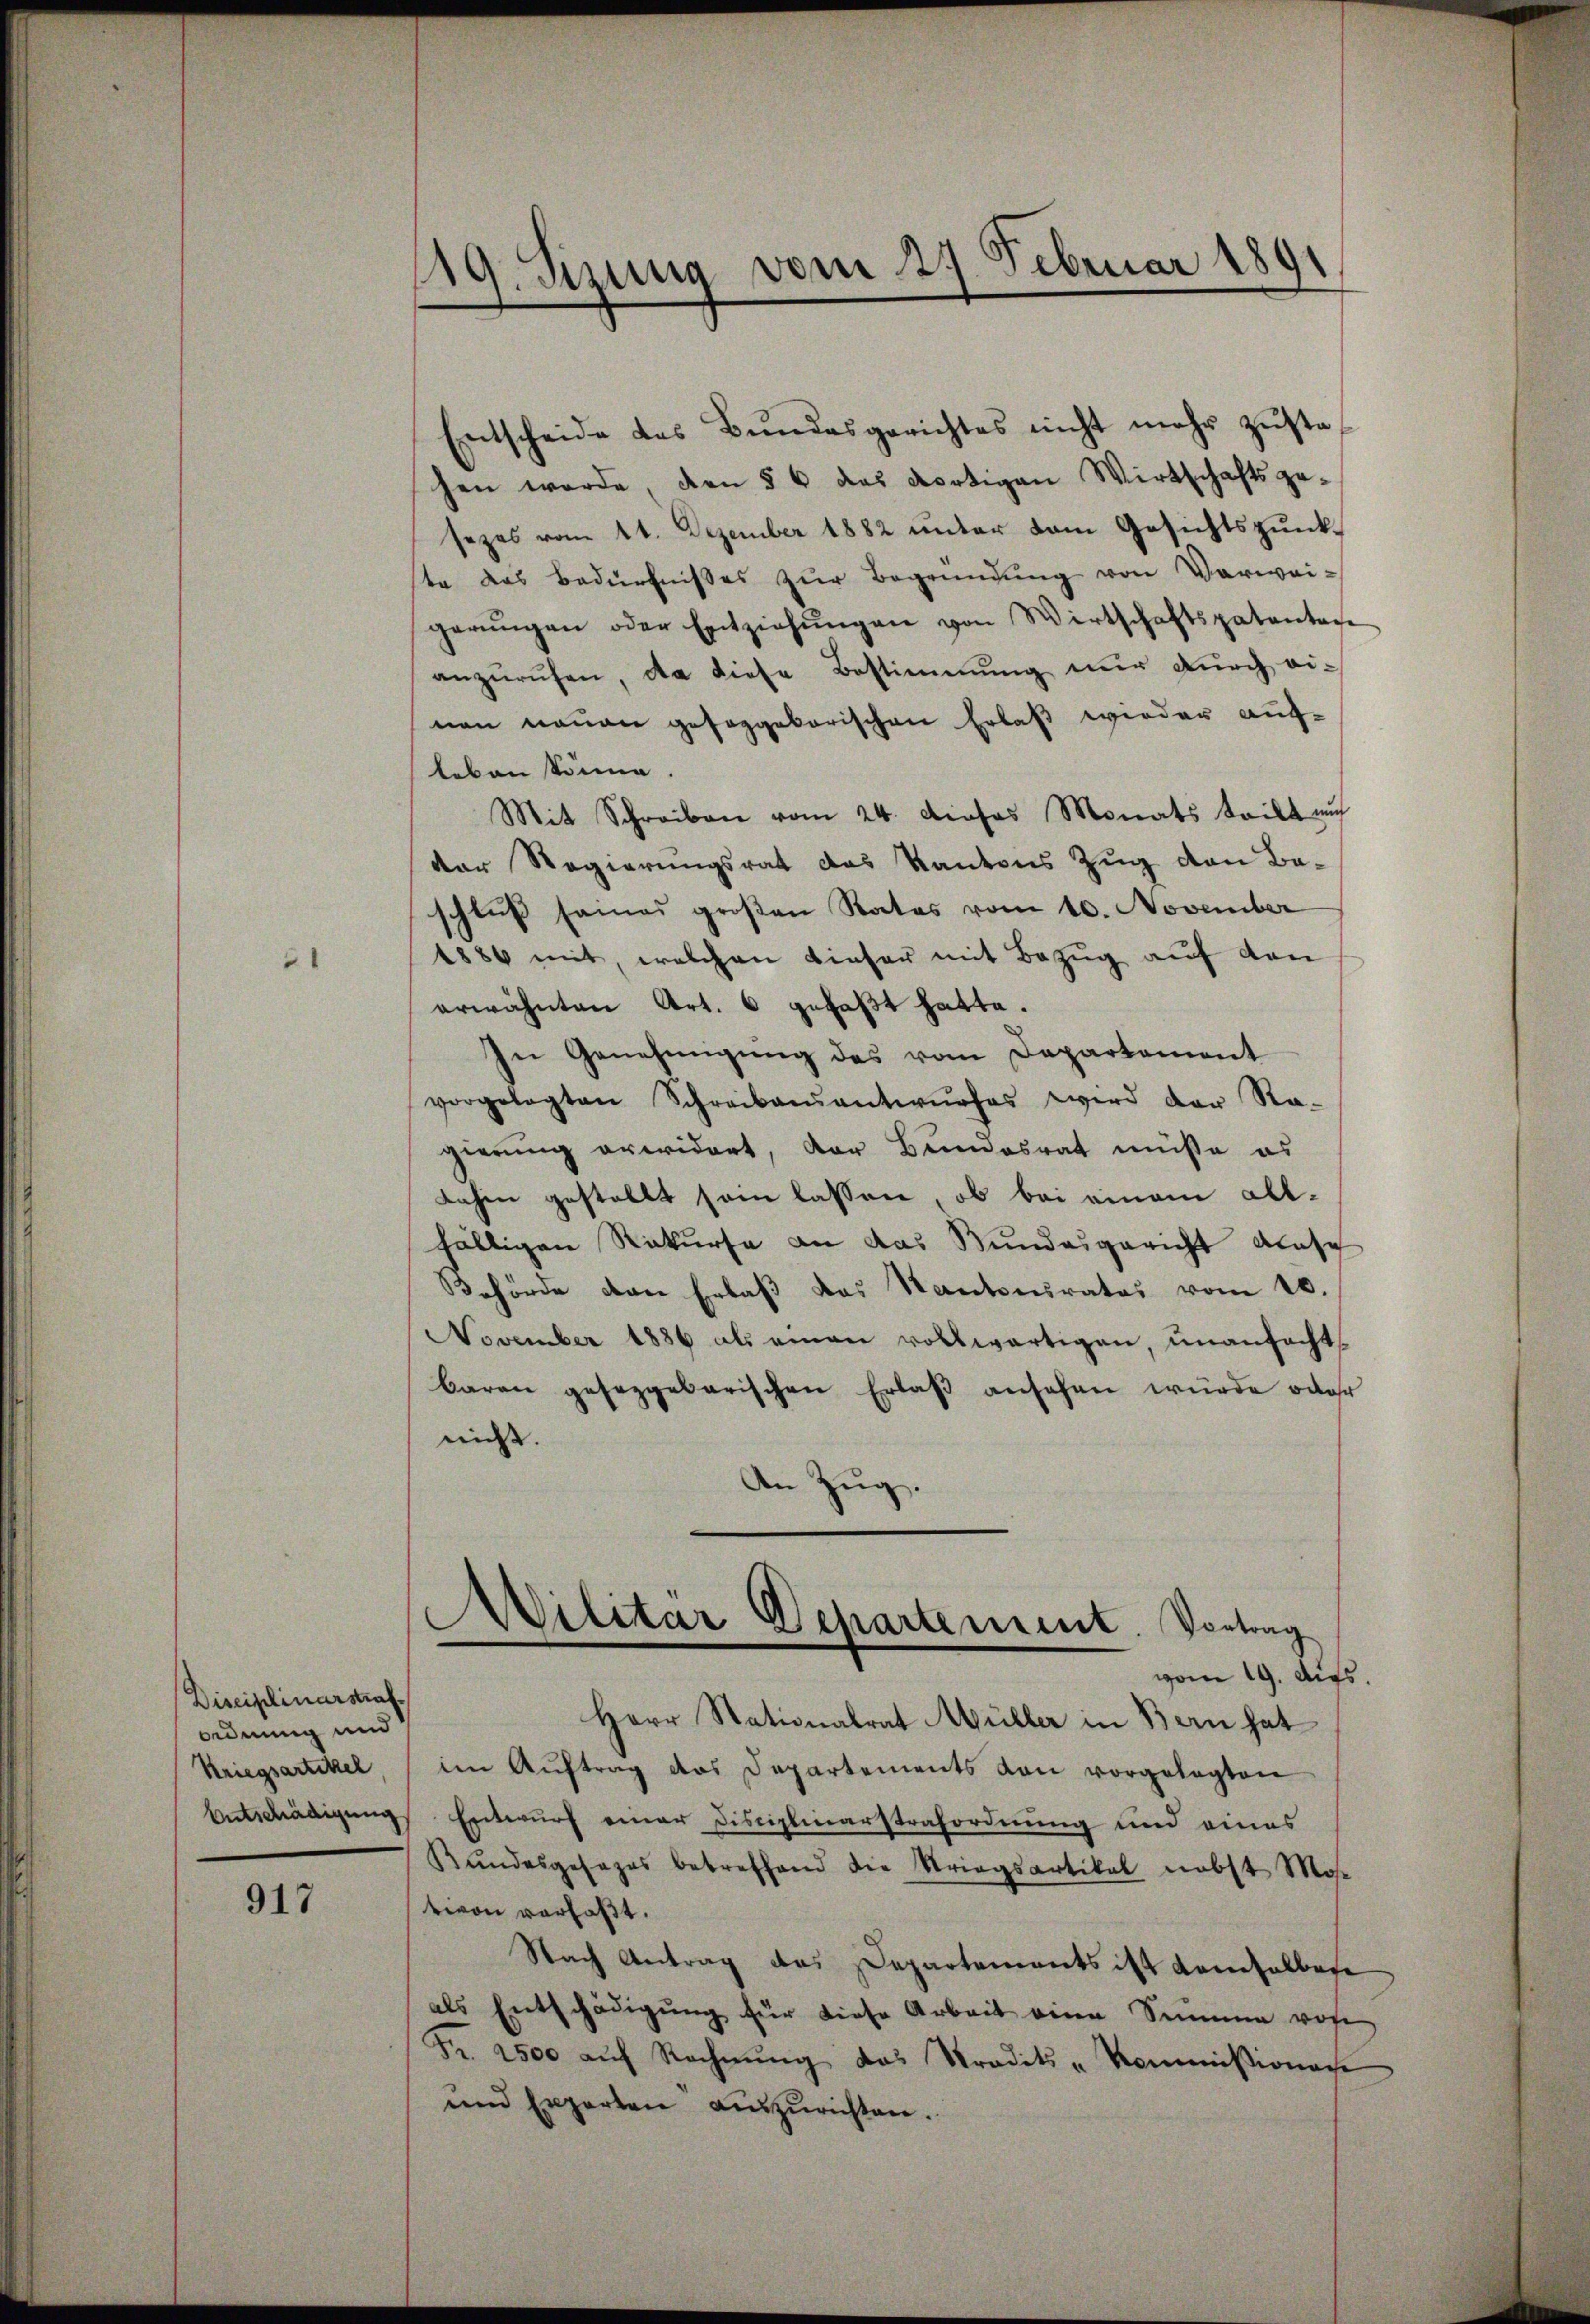
21

Disciplinarstraf
ordnung und
Kriegsartikel

917

119. Sizung vom 27. Februar 1891

Entscheide das Bundesgerichtes nicht mehr zŭste
hen werde, den § 6 das dortigen Wirtschaftsge-
sezes vom 11. Dezember 1882 unter dem Gesichtspunkste das Bedürfnisses zŭr Begründung von Verweigerŭngen oder Entziehŭngen von Wirtschaftspatenten
anzŭrŭfen, da diese Bestimmung nur durch ei-
nen neuen geseggebarischen Erlaß wieder aufleben könne.
Mit Schreiben vom 24. dieses Monats teilt auf
der Regierungsrat das Kantons Zug von Baschluß seines großen Rates vom 10. November
1886 mit, welchen dieser mit Bezug auf den
erwähnten Art. 6 gefaßt hatte.
In Genehmigung des vom Departement
vorgelegten Schreibensantwŭrfes wird der Ra-
gierung erwidert, der Bundesrat müsse es
dahin gestellt sein lassen, ob bei einem allfälligen Rekurse an das Bundesgericht ausg
Behörde von Erlaß das Kantonsrates vom 10.
November 1886 als einen vollwärtigen, unanfecht
baren geseggebarischen Erlaß ansehen wurde oder
nicht.
An Zug.

Militär Departement. Vortrag
vom 19. Aus

Herr Stationalrat Müller in Bern hat
im Aŭftrag das Departements von vorgelegten
Entschädigung Entwurf einer Disciplinarstrafordnung und eines
Kundesgesezes betreffend die Striegsartikel nebst Mose
tiven verfaßt.
Nach Antrag des Departements ist demselber
als Entschädigŭng für diese Arbeit eine Summe vore
Fr. 2500 aŭf Rechnŭng das Tradits-Kommißionache
und Experten aŭszŭrichten.